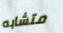
متشابه